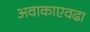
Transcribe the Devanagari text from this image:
अवाकाएवढा